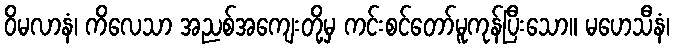
ဝိမလာနံ၊ ကိလေသာ အညစ်အကျေးတို့မှ ကင်းစင်တော်မူကုန်ပြီးသော။ မဟေသီနံ၊